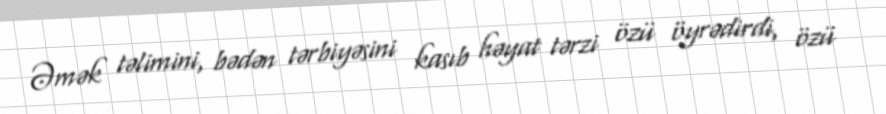
Əmək təlimini, bədən tərbiyəsini kasıb həyat tərzi özü öyrədirdi, özü